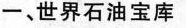
一、世界石油宝库